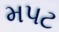
મપટ